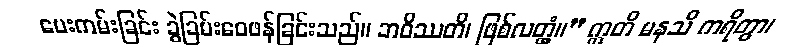
ပေးကမ်းခြင်း ခွဲခြမ်းဝေဖန်ခြင်းသည်။ ဘဝိဿတိ၊ ဖြစ်လတ္တံ့။” ဣတိ မနသိ ကရိတွာ၊